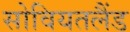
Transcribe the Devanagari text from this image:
सोवियतलैंड